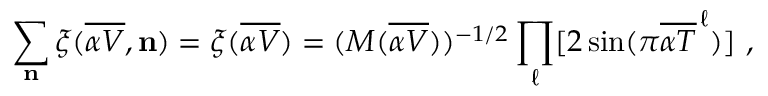
\sum _ { \bf n } \xi ( { \overline { { { \alpha V } } } } , { \bf n } ) = \xi ( { \overline { { { \alpha V } } } } ) = ( M ( { \overline { { { \alpha V } } } } ) ) ^ { - 1 / 2 } \prod _ { \ell } [ 2 \sin ( \pi { \overline { { { \alpha T } } } } ^ { \, \ell } ) ] ~ ,